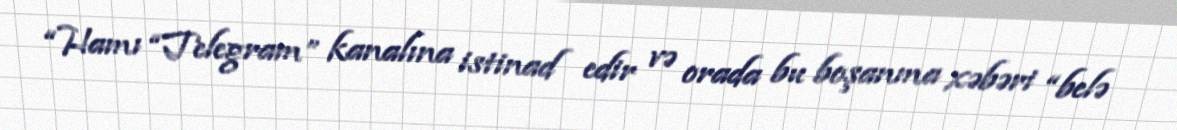
“Hamı “Telegram” kanalına istinad edir və orada bu boşanma xəbəri “belə